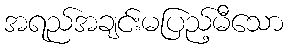
အရည်အချင်းမပြည့်မီသော